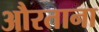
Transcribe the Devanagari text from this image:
औरताना